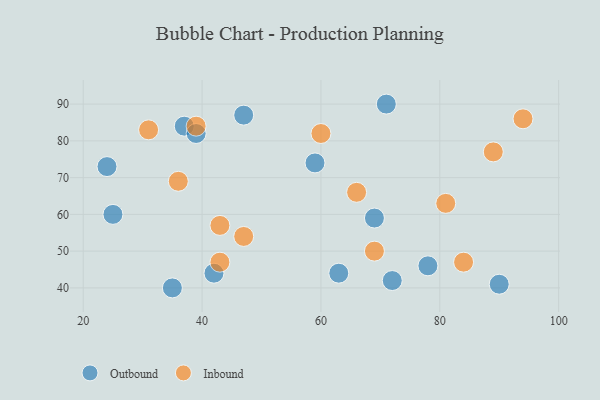
{"axis": {"x": "GDP", "y": "Life Expectancy"}, "legend": ["Inbound", "Outbound"], "data": [{"x": "59", "y": 74, "type": "Outbound"}, {"x": "47", "y": 87, "type": "Outbound"}, {"x": "63", "y": 44, "type": "Outbound"}, {"x": "69", "y": 59, "type": "Outbound"}, {"x": "37", "y": 84, "type": "Outbound"}, {"x": "25", "y": 60, "type": "Outbound"}, {"x": "42", "y": 44, "type": "Outbound"}, {"x": "24", "y": 73, "type": "Outbound"}, {"x": "39", "y": 82, "type": "Outbound"}, {"x": "78", "y": 46, "type": "Outbound"}, {"x": "72", "y": 42, "type": "Outbound"}, {"x": "35", "y": 40, "type": "Outbound"}, {"x": "90", "y": 41, "type": "Outbound"}, {"x": "71", "y": 90, "type": "Outbound"}, {"x": "43", "y": 57, "type": "Inbound"}, {"x": "31", "y": 83, "type": "Inbound"}, {"x": "69", "y": 50, "type": "Inbound"}, {"x": "84", "y": 47, "type": "Inbound"}, {"x": "39", "y": 84, "type": "Inbound"}, {"x": "94", "y": 86, "type": "Inbound"}, {"x": "47", "y": 54, "type": "Inbound"}, {"x": "60", "y": 82, "type": "Inbound"}, {"x": "81", "y": 63, "type": "Inbound"}, {"x": "89", "y": 77, "type": "Inbound"}, {"x": "66", "y": 66, "type": "Inbound"}, {"x": "43", "y": 47, "type": "Inbound"}, {"x": "36", "y": 69, "type": "Inbound"}]}